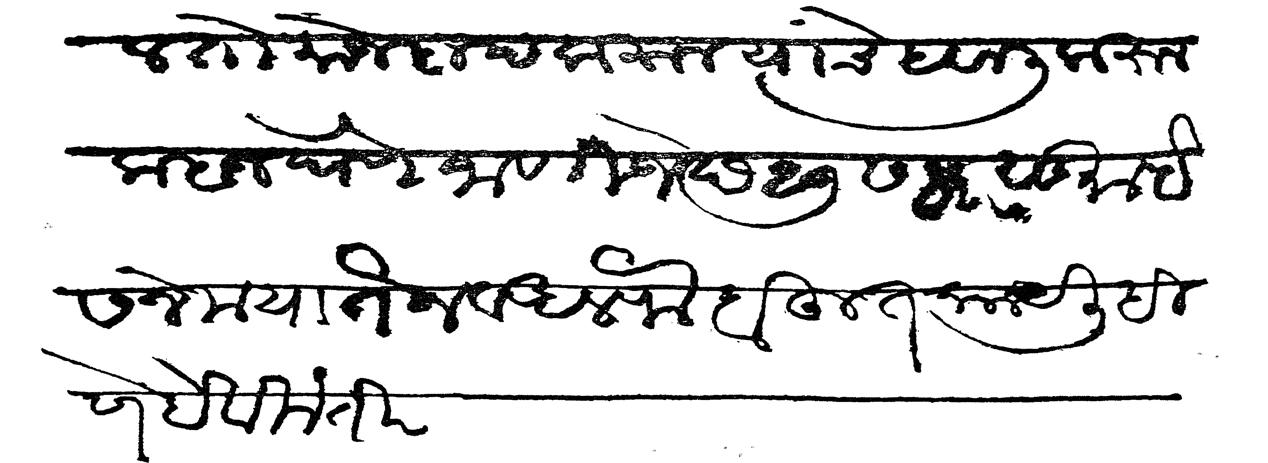
Transliteration (Devanagari): ल तो मोजदाद करून त्यांचे हवाली करून कवज घेणे जाणिजे छ २७ सफर सुा इसने मयातेन व अलफ बहुत काय लिहिणे हे विनंती